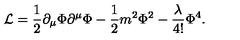
{ \cal L } = \frac { 1 } { 2 } \partial _ { \mu } \Phi \partial ^ { \mu } \Phi - \frac { 1 } { 2 } m ^ { 2 } \Phi ^ { 2 } - \frac { \lambda } { 4 ! } \Phi ^ { 4 } .